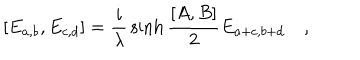
[ E _ { a , b } , E _ { c , d } ] = { \frac { i } { \lambda } } \sinh { { \frac { [ A , B ] } { 2 } } } E _ { a + c , b + d } \quad ,